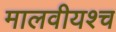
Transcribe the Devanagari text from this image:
मालवीयश्च